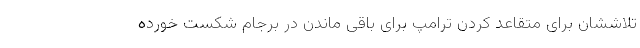
تلاششان برای متقاعد کردن ترامپ برای باقی ماندن در برجام شکست خورده